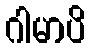
ဂါမာပိ